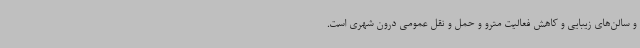
و سالن‌های زیبایی و کاهش فعالیت مترو و حمل و نقل عمومی درون شهری است.